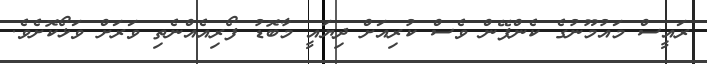
ރައީސް މައުމޫނުގެ ކެންޕޭން ވެސް ކުރިއަށް ދިޔައީ މާބޮޑު ފޯރިއެއްނެތި ވަރަށް ވަޅޯކޮށެވެ.